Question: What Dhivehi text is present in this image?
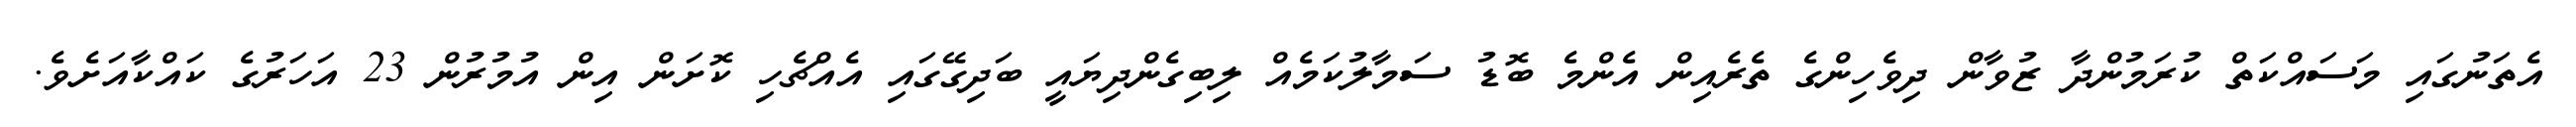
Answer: އެތަނުގައި މަސައްކަތް ކުރަމުންދާ ޒުވާން ދިވެހިންގެ ތެރެއިން އެންމެ ބޮޑު ސަމާލުކަމެއް ލިބިގެންދިޔައީ ބަދިގޭގައި އެއްޗެހި ކޮށަން އިން އުމުރުން 23 އަހަރުގެ ކައްކާއަށެވެ.